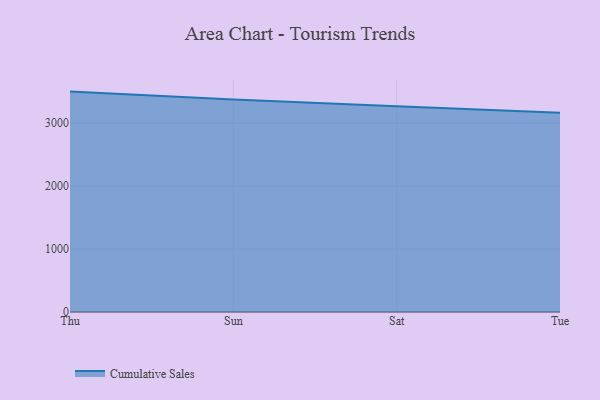
{"axis": {"x": "Day", "y": "Website Visitors"}, "legend": ["Cumulative Sales"], "data": [{"x": "Thu", "y": 3502.0, "type": "Cumulative Sales"}, {"x": "Sun", "y": 3375.7, "type": "Cumulative Sales"}, {"x": "Sat", "y": 3270.6, "type": "Cumulative Sales"}, {"x": "Tue", "y": 3165.2, "type": "Cumulative Sales"}]}